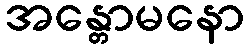
အန္တောမနော